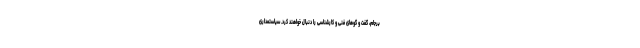
برجام، گفت و گوهای فنی و کارشناسی را دنبال خواهند کرد. سیاستمداری